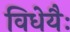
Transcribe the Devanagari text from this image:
विधेयैः